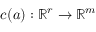
\boldsymbol { c } ( \boldsymbol { a } ) : \mathbb { R } ^ { r } \rightarrow \mathbb { R } ^ { m }